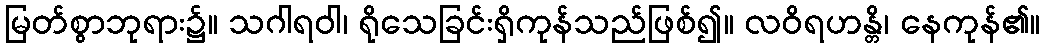
မြတ်စွာဘုရား၌။ သဂါရဝါ၊ ရိုသေခြင်းရှိကုန်သည်ဖြစ်၍။ လဝိရဟန္တိ၊ နေကုန်၏။